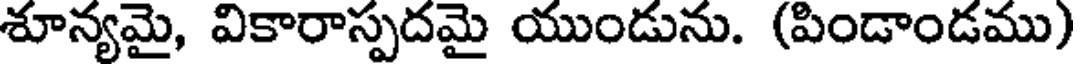
శూన్యమై, వికారాస్పదమై యుండును. (పిండాండము)